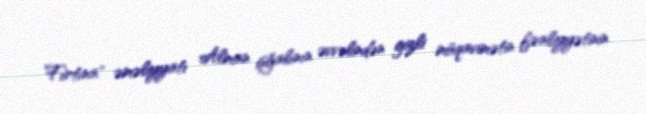
Fırtına" əməliyyatı Alman işğalının əvvəlindən gizli müqavimətin fəaliyyətinin